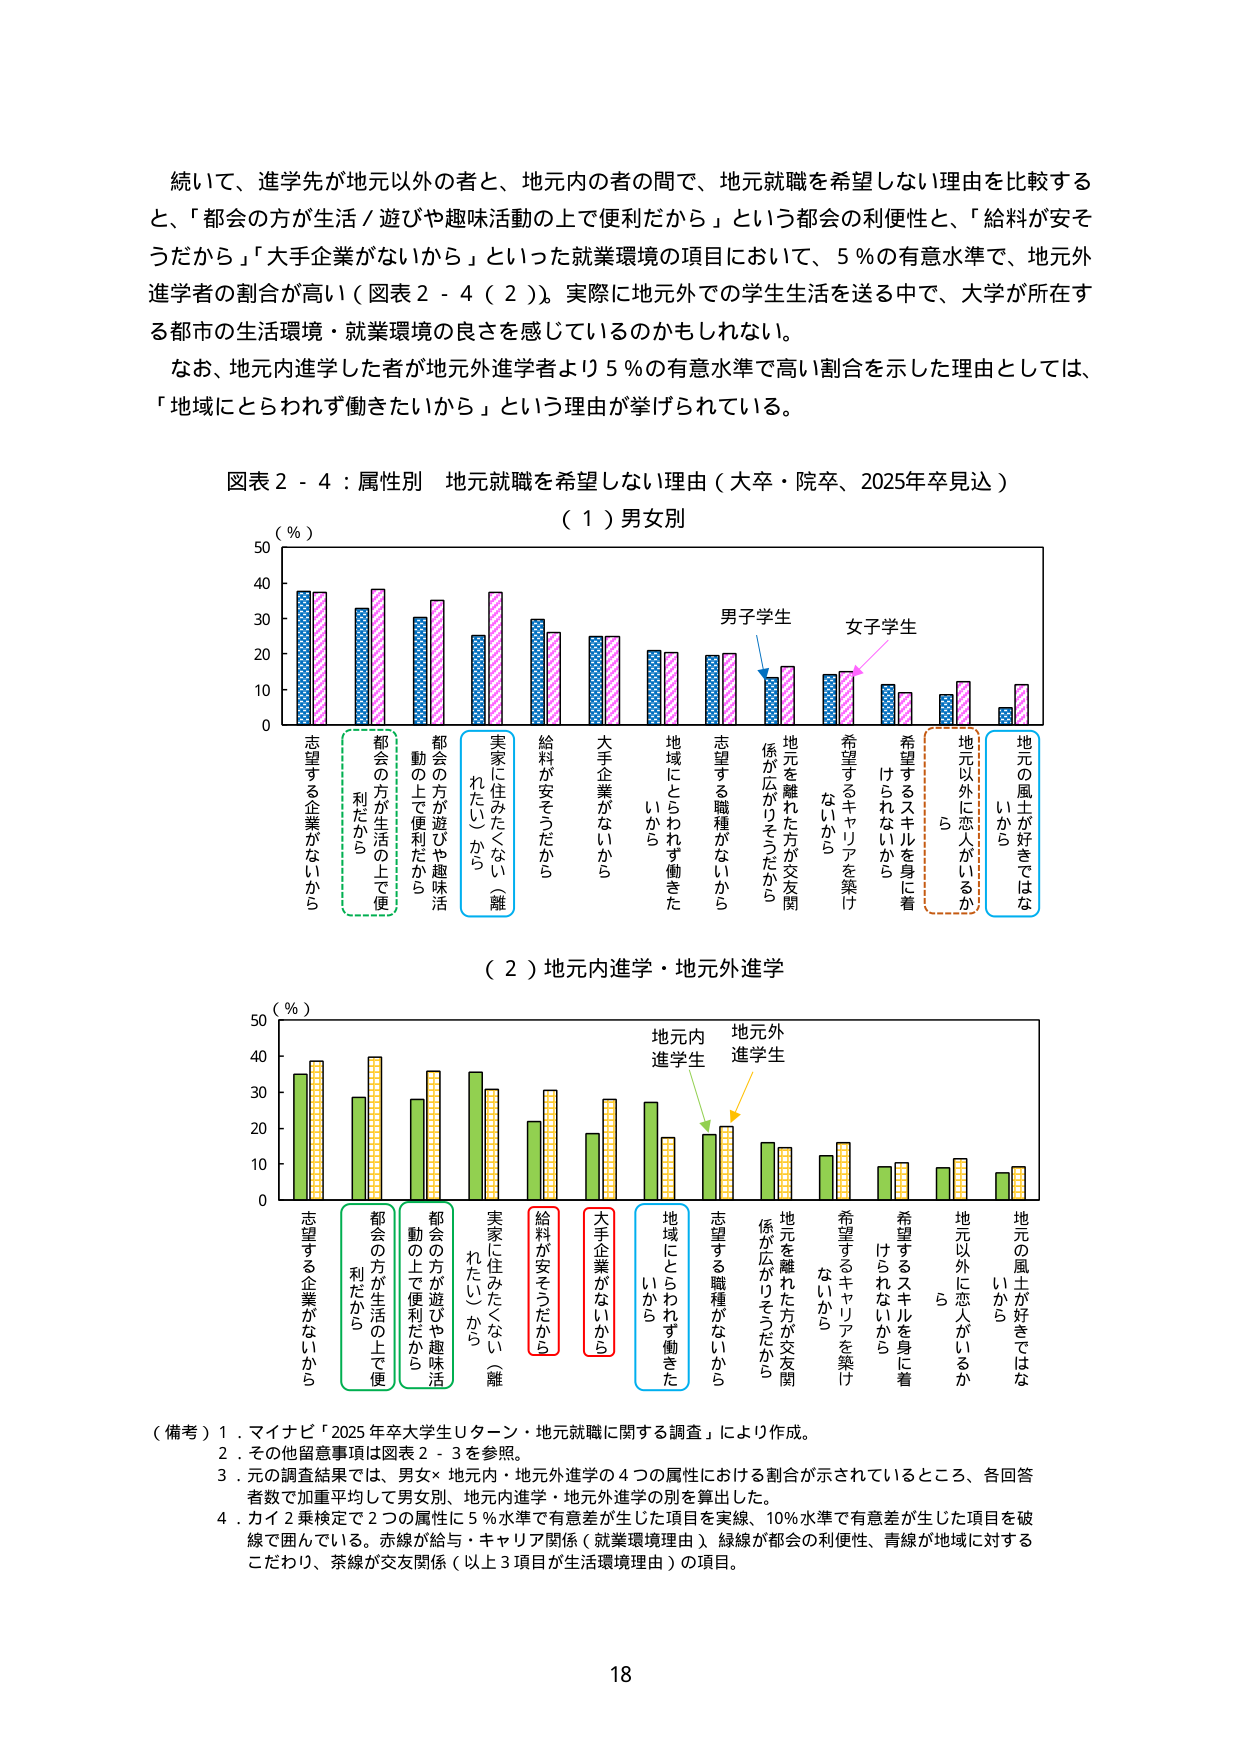
続いて、進学先が地元以外の者と、地元内の者の間で、地元就職を希望しない理由を比較する
と、「都会の方が生活／遊びや趣味活動の上で便利だから」という都会の利便性と、「給料が安そ
うだから」「大手企業がないから」といった就業環境の項目において、5％の有意水準で、地元外
進学者の割合が高い（図表２－４（２））。実際に地元外での学生生活を送る中で、大学が所在す
る都市の生活環境・就業環境の良さを感じているのかもしれない。
なお、地元内進学した者が地元外進学者より5％の有意水準で高い割合を示した理由としては、
「地域にとらわれず働きたいから」という理由が挙げられている。

図表２－４：属性別 地元就職を希望しない理由（大卒・院卒、2025年卒見込）
（１）男女別
（％）
50
40
30
20
10
0
男子学生
女子学生
志望する企業がないから
都会の方が生活の上で便
利だから
都会の方が遊びや趣味活
動の上で便利だから
実家に住みたくない（離
れたい）から
給料が安そうだから
大手企業がないから
地域にとらわれず働きた
いから
志望する職種がないから
地元を離れた方が交友関
係が広がりそうだから
希望するキャリアを築け
ないから
希望するスキルを身に着
けられないから
地元以外に恋人がいるか
ら
地元の風土が好きではな
いから

（２）地元内進学・地元外進学
（％）
50
40
30
20
10
0
地元内
進学生
地元外
進学生
志望する企業がないから
都会の方が生活の上で便
利だから
都会の方が遊びや趣味活
動の上で便利だから
実家に住みたくない（離
れたい）から
給料が安そうだから
大手企業がないから
地域にとらわれず働きた
いから
志望する職種がないから
地元を離れた方が交友関
係が広がりそうだから
希望するキャリアを築け
ないから
希望するスキルを身に着
けられないから
地元以外に恋人がいるか
ら
地元の風土が好きではな
いから

（備考）１．マイナビ「2025年卒大学生Uターン・地元就職に関する調査」により作成。
　　　２．その他留意事項は図表２－３を参照。
　　　３．元の調査結果では、男女×地元内・地元外進学の４つの属性における割合が示されているところ、各回答
　　　　者数で加重平均して男女別、地元内進学・地元外進学の別を算出した。
　　　４．カイ２乗検定で２つの属性に5％水準で有意差が生じた項目を実線、10％水準で有意差が生じた項目を破
　　　　線で囲んでいる。赤線が給与・キャリア関係（就業環境理由）、緑線が都会の利便性、青線が地域に対する
　　　　こだわり、茶線が交友関係（以上３項目が生活環境理由）の項目。

18